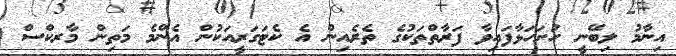
އިނާމު ލިބޭނީ ހުށަހަޅާފައިވާ ފަރާތްތަކުގެ ތެރެއިން އެ ކެޓަގަރީއަކުން އެންމެ މަތިން މާރކްސް